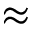
\approx